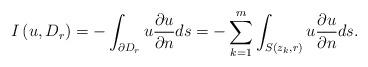
LaTeX: \begin{align*}I\left(u,D_{r}\right)=-\int_{\partial D_{r}}u\frac{\partial u}{\partial n}ds=-\sum_{k=1}^{m}\int_{S(z_{k},r)}u\frac{\partial u}{\partial n}ds.\end{align*}